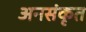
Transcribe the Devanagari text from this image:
अनसंकृत